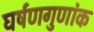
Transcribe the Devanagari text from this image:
घर्षणगुणांक